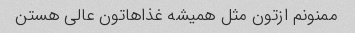
ممنونم ازتون مثل همیشه غذاهاتون عالی هستن